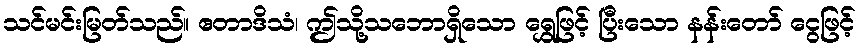
သင်မင်းမြတ်သည်။ ဧတာဒိသံ၊ ဤသို့သဘောရှိသော ရွှေဖြင့် ပြီးသော နန်းတော် ငွေဖြင့်